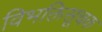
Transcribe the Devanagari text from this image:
विभक्तिसूचक